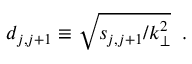
d _ { j , j + 1 } \equiv \sqrt { s _ { j , j + 1 } / k _ { \perp } ^ { 2 } } \; \; .